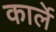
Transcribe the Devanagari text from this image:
कार्ले